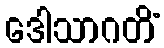
ဒေါသာဂတိံ